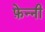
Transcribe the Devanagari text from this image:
फ़ेन्नी